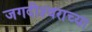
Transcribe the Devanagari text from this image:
जगदीश्‍वराच्या